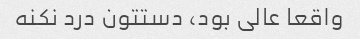
واقعا عالی بود، دستتون درد نکنه